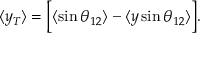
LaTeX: \langle y _ { T } \rangle = \Big [ \langle \sin \theta _ { 1 2 } \rangle - \langle y \sin \theta _ { 1 2 } \rangle \Big ] .